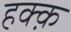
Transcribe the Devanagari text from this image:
हक्क़